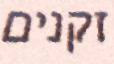
זקנים